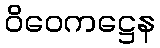
ဝိဝေကဋ္ဌေန